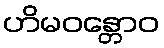
ဟိမဝန္တောဝ